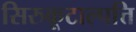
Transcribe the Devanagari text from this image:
सिरुकूटाल्पत्ति